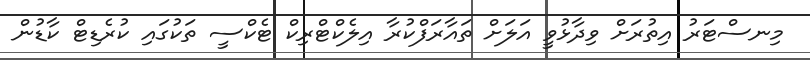
މިނސްޓަރު އިތުރަށް ވިދާޅުވީ އަލަށް ތައާރަފްކުރާ އިލެކްޓްރިކް ޓެކްސީ ތަކުގައި ކުރެޑިޓް ކާޑުން